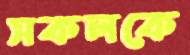
সকলকে